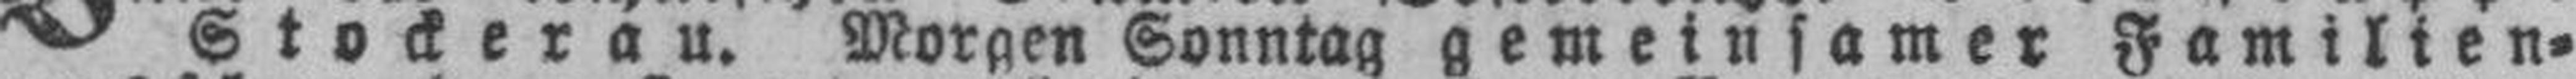
Stockerau. Morgen Sonntag gemeinsamer Familien¬